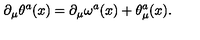
\partial _ { \mu } { \theta } ^ { a } ( x ) = \partial _ { \mu } { \omega } ^ { a } ( x ) + { \theta } _ { \mu } ^ { a } ( x ) .